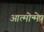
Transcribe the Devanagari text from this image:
आत्मोन्मेष